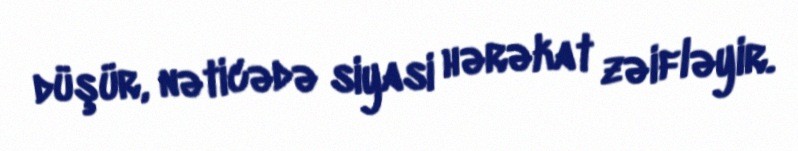
düşür, nəticədə siyasi hərəkat zəifləyir.